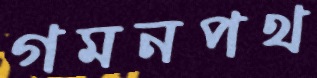
গমনপথ